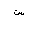
Letter: _sin